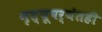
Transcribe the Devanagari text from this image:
मृत्यूपर्यंतही